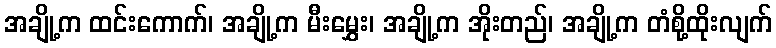
အချို့က ထင်းကောက်၊ အချို့က မီးမွှေး၊ အချို့က အိုးတည်၊ အချို့က တံစို့ထိုးလျက်